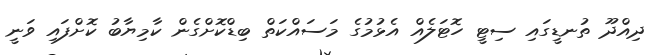
ދިއްދޫ ތުނޑީގައި ސިޓީ ހޮޓަލެއް އެޅުމުގެ މަސައްކަތް ބިޑްކޮށްގެން ކާމިޔާބު ކޮށްފައި ވަނީ